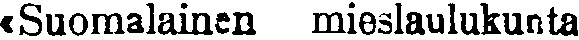
«Suomalainen mieslaulukunta